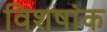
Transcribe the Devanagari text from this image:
विशषांक